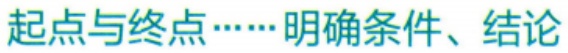
起点与终点……明确条件、结论